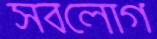
সবলোগ